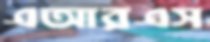
এআরএস